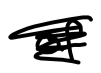
Text: of
Cross-out: scratch
Writing tool: digital_black